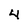
Character: 4